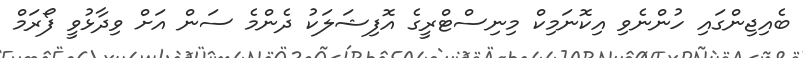
ބެއިޖިންގައި ހުންނެވި އިކޮނަމިކް މިނިސްޓްރީގެ އޮފިޝަލަކު ދެންމެ ސަން އަށް ވިދާޅުވީ ފޯރަމް